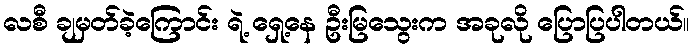
လစီ ချမှတ်ခဲ့ကြောင်း ရဲ့ ရှေ့နေ ဦးမြသွေးက အခုလို ပြောပြပါတယ်။